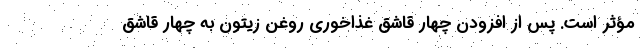
مؤثر است. پس از افزودن چهار قاشق غذاخوری روغن زیتون به چهار قاشق